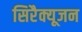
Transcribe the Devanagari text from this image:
सिरैक्यूजन